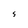
Character: S